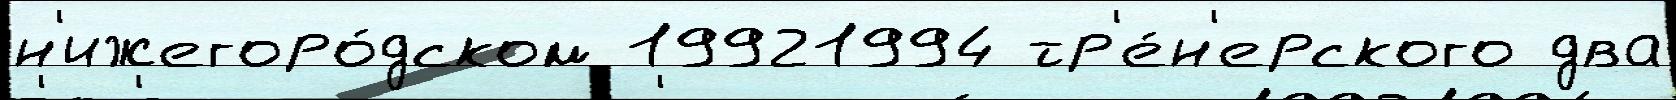
н'ижегоро́дском 19921994 тр'е́н'ерского два